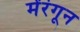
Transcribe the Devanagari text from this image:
मेंरंगून